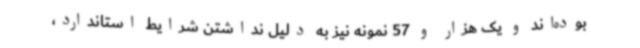
بوده‌اند و یک هزار و 57 نمونه نیز به دلیل نداشتن شرایط استاندارد،